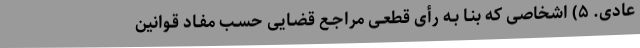
عادی. ۵) اشخاصی که بنـا بـه رأی قطعـی مراجـع قضـایی حسـب مفـاد قـوانین